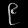
Digit: ၉